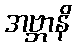
အဗ္ဘာနိ